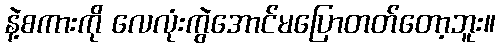
နဲ့စကားကို လေလုံးကွဲအောင်မပြောတတ်တော့ဘူး။